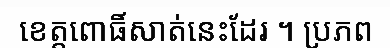
ខេត្តពោធិ៍សាត់នេះដែរ ។ ប្រភព